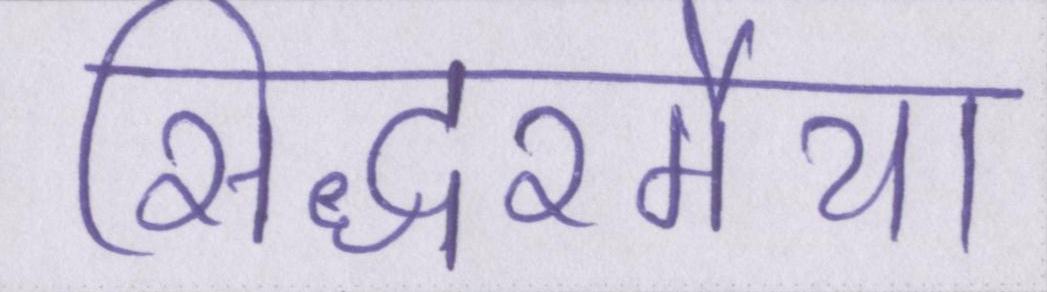
सिद्धरमैया